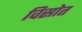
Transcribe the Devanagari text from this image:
विसोत